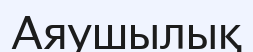
Аяушылық